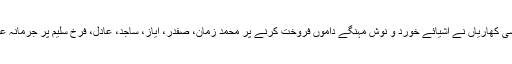
دریں اثنا اے سی کھاریاں نے اشیائے خورد و نوش مہنگے داموں فروخت کرنے پر محمد زمان، صفدر، ایاز، ساجد، عادل، فرخ سلیم پر جرمانہ عائد کر دیا ہے۔